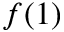
f ( 1 )